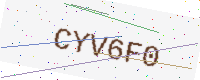
Text: CYV6F0